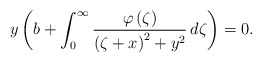
\begin{align*}y \left( b+ \int_0^{\infty}\frac{\varphi\left(\zeta\right)}{\left(\zeta+x\right)^2+ y^2}\,d\zeta\right)=0. \end{align*}